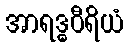
အာရဒ္ဓဝီရိယံ